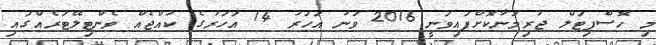
މި ހޮސްޕިޓަލް ޖުރިމަނާކޮށްފައިވަނީ 2016 ވަނަ އަހަރު 14 އަހަރުގެ ކުއްޖެއް ވެންޓިލޭޓަރެއްގައި